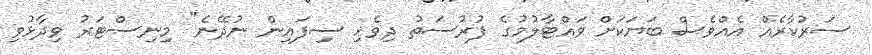
ސަރުކާރެއް އެއްވެސް ބަޔަކަށް ވައްޓާލުމުގެ ފުރުސަތު ދިވެހި ސިފައިން ނުދޭނެ" މިނިސްޓަރު ވިދާޅުވި